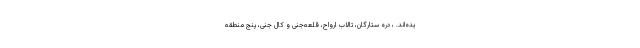
یده‌اند. ، دره ستارگان، تالاب ارواح، قلعه‌جنی و کال جنی، پنج منطقه